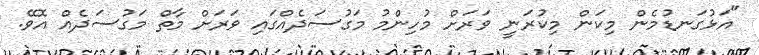
"އަޅުގަނޑުމެން މިކަން މިކުރަނީ ވަރަށް މުހިންމު މަގުސަދެއްގައި ވަރަށް މާތް މަގުސަދެއް އޮވޭ.